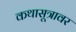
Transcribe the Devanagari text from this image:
कथासूत्रावर